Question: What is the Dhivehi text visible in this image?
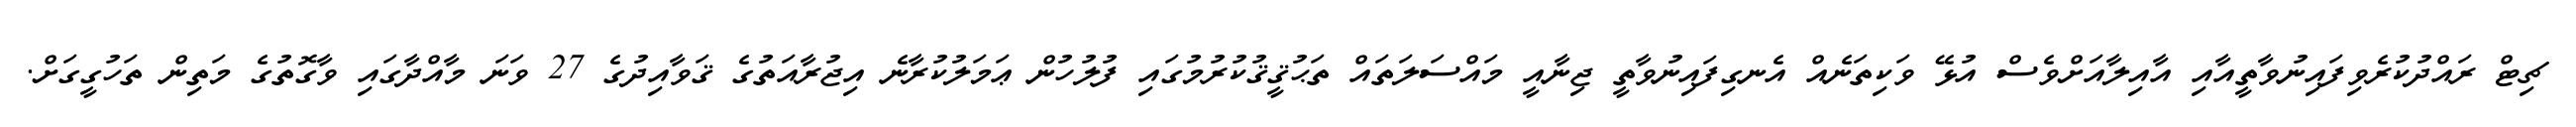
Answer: ޗިޓް ރައްދުކުރެވިފައިނުވާތީއާއި އާއިލާއަށްވެސް އުޅޭ ވަކިތަނެއް އެނގިފައިނުވާތީ ޖިނާއީ މައްސަލަތައް ތަޙުޤީޤުކުރުމުގައި ފުލުހުން ޢަމަލުކުރާނެ އިޖުރާއަތުގެ ޤަވާއިދުގެ 27 ވަނަ މާއްދާގައި ވާގޮތުގެ މަތިން ތަހުގީގަށް.